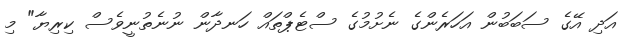
އަދި އޭގެ ސަބަބުން އަހަރެންގެ ނެށުމުގެ ސްޓެޕްތައް ހަނދާން ނުނެތުނީވެސް ކިރިޔާ" މި